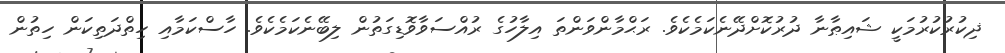
ޛިކުރުކުރުމަކީ ޝައިޠާނާ ދުރުކޮށްދޭނެކަމެކެވެ. ރަޙްމާންވަންތަ އިލާހުގެ ރުއްސަވާވޮޑިގަތުން ލިބޭނެކަމެކެވެ. ހާސްކަމާއި ހިތްދަތިކަން ހިތުން